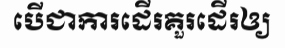
បើជាការដើរគួរដើរឲ្យ